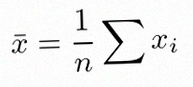
\bar{x}=\frac1n\sum x_i